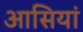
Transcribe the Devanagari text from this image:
आसियां